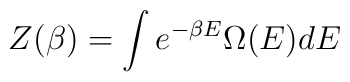
Z(\beta)=\int e^{-\beta E} \Omega(E) dE